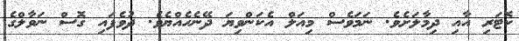
ކޮޓަރި އާއި ދިމާލަށެވެ. ނަމަވެސް މިއަލް އެކަންވިޔަ ދޭނެހެއްޔެވެ. ދުވެފައި ގޮސް ނަވާލްގެ